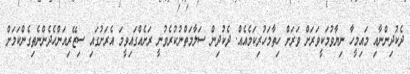
ދެކުދިންނާއި މައިމީހާ ނިޔާވުމަކީވަރަށް ވަރަށް ހިތާމަހުރިކަމެއެއް. ދެކުދިން ސަލާމަތްނުކުރެވުނީ ރަށެއްގައިވީމަ އެރަށުގައި ސިޒޭރިއަންހެދެންނެތިގެންކަމަށް